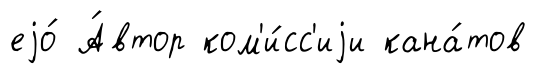
еjо́ А́втор ком'и́сс'иjи кана́тов